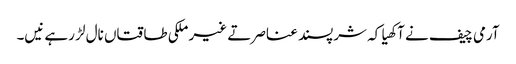
آرمی چیف نے آکھیا کہ شرپسند عناصر تے غیر ملکی طاقتاں نال لڑ رہے نیں۔